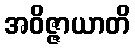
အဝိဇ္ဇာယာတိ